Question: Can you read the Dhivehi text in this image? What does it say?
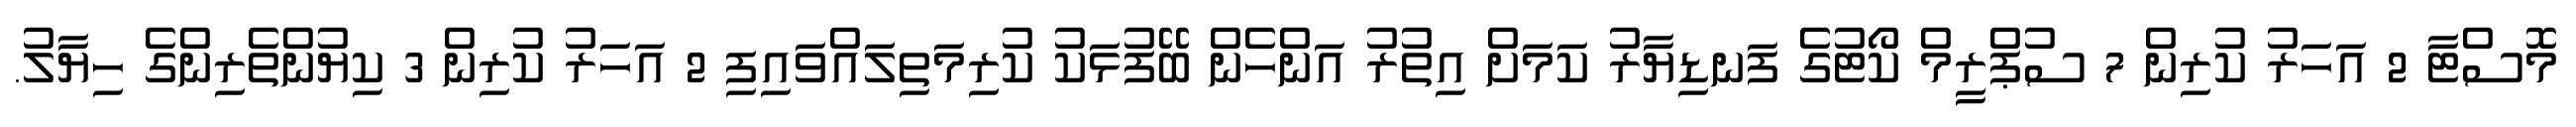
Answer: މޮސްޓާ 2 އަހަރު ކުރިން 7 ސުޕްރީމް ކޯޓުގެ ފަނޑިޔާރު ކަމަށް އިތުރު އަންހެން ބޭފުޅަކު ކުރިމަތިލައްވައިފި 2 އަހަރު ކުރިން 3 ކިޔުންތެރިންގެ ހިޔާލު.